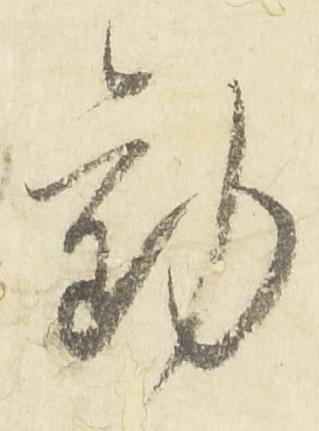
勧